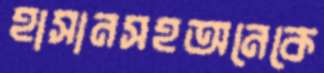
হাসানসহঅনেকে